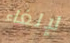
لإلغاء